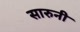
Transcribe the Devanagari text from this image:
सारुनी